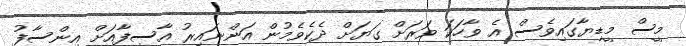
މީސް މީޑިޔާގައިވެސް އެ ވާހަކަ ވަރަށް ގަޔަށް ދެކެވެމުން އަންނައިިރު އާސިފާއަށް އިންސާފު